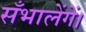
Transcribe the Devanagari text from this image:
सँभालेंगें।